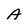
Character: A